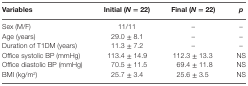
<table><thead><tr><td><b>Variables</b></td><td><b>Initial (<i>N</i> = 22)</b></td><td><b>Final (<i>N</i> = 22)</b></td><td><b><i>p</i></b></td></tr></thead><tbody><tr><td>Sex (M/F)</td><td>11/11</td><td>–</td><td>–</td></tr><tr><td>Age (years)</td><td>29.0 ± 8.1</td><td>–</td><td>–</td></tr><tr><td>Duration of T1DM (years)</td><td>11.3 ± 7.2</td><td>–</td><td>–</td></tr><tr><td>Office systolic BP (mmHg)</td><td>113.4 ± 14.9</td><td>112.3 ± 13.3</td><td>NS</td></tr><tr><td>Office diastolic BP (mmHg)</td><td>70.5 ± 11.5</td><td>69.4 ± 11.8</td><td>NS</td></tr><tr><td>BMI (kg/m<sup>2</sup>)</td><td>25.7 ± 3.4</td><td>25.6 ± 3.5</td><td>NS</td></tr></tbody></table>